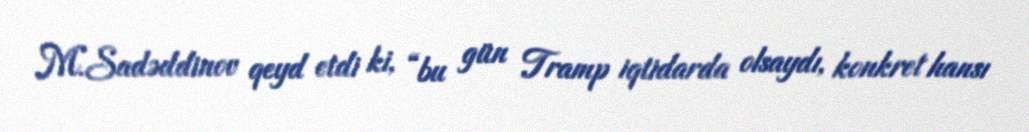
M.Sadəddinov qeyd etdi ki, “bu gün Tramp iqtidarda olsaydı, konkret hansı